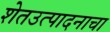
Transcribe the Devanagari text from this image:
शेतउत्पादनाचा